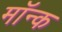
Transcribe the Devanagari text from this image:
मॉन्क